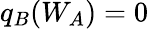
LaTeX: q_{B}(W_{A})=0